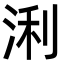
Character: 浰